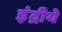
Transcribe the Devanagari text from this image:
इंद्रीये